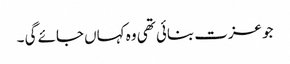
جو عزت بنائی تھی وہ کہاں جائے گی ۔